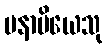
မနာပိယေသု